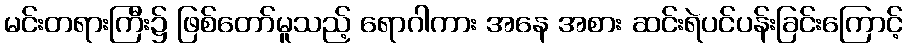
မင်းတရားကြီး၌ ဖြစ်တော်မူသည့် ရောဂါကား အနေ အစား ဆင်းရဲပင်ပန်းခြင်းကြောင့်